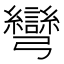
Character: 彎